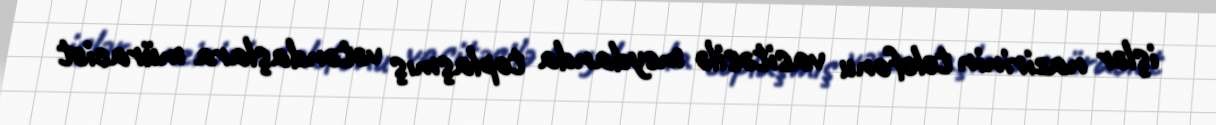
işlər nazirinin telefonu vasitəsilə meydanda toplaşmış vətəndaşlara müraciət